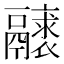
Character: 𩱝